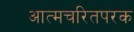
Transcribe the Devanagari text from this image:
आत्मचरितपरक